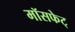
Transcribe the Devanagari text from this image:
मॉसफेट्